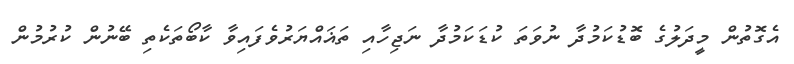
އެގޮތުން މީދަލުގެ ބޮޑުކަމުދާ ނުވަތަ ކުޑަކަމުދާ ނަޖިހާއި ތަޣައްޔަރުވެފައިވާ ކާބޯތަކެތި ބޭނުން ކުރުމުން